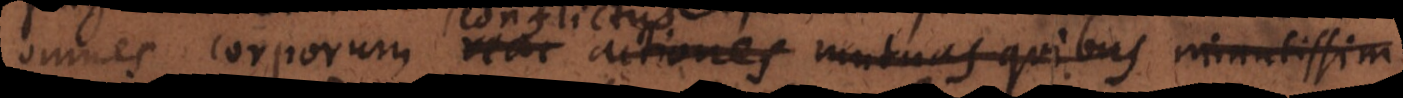
omnes corporum reac actiones mutuas quibus minutissim